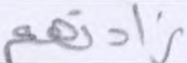
زادتهم